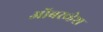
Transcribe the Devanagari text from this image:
ऑबरव्हेश